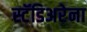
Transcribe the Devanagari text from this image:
स्टॅडिअरेना